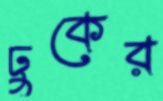
ঢুকের